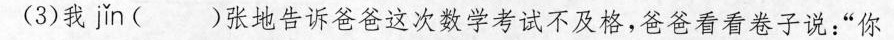
(3)我jin()张地告诉爸爸这次数学考试不及格，爸爸看看卷子说：”你